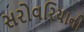
સરોવરિયાની